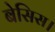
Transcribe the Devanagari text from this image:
बेसिस।